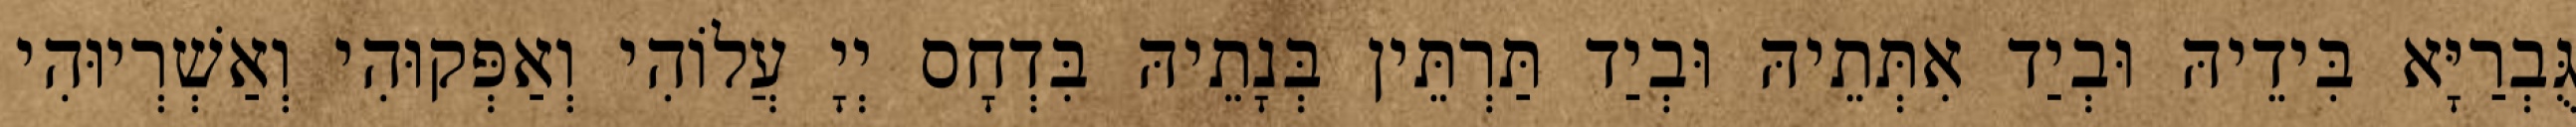
גֻּבְרַיָּא בִּידֵיהּ וּבְיַד אִתְּתֵיהּ וּבְיַד תַּרְתֵּין בְּנָתֵיהּ בִּדְחָס יְיָ עֲלוֹהִי וְאַפְּקוּהִי וְאַשְׁרְיוּהִי